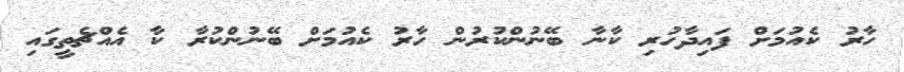
ހާރު ކެއުމަށް ފައިދާހުރި ކާނާ ބޭނުންކުރުން ހާރު ކެއުމަށް ބޭނުންކުރާ ކާ އެއްޗެތީގައި